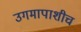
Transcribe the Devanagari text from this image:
उगमापाशीच